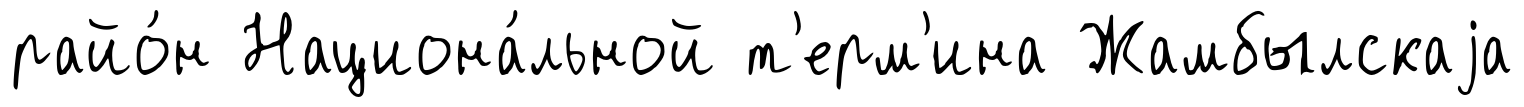
райо́н Национа́льной т'ерм'ина Жамбылскаjа